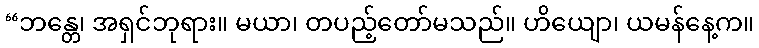
“ဘန္တေ၊ အရှင်ဘုရား။ မယာ၊ တပည့်တော်မသည်။ ဟိယျော၊ ယမန်နေ့က။